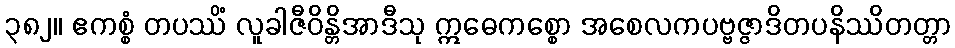
၃၈၂။ ဧကစ္စံ တပဿိံ လူခါဇီဝိန္တိအာဒီသု ဣဓေကစ္စော အစေလကပဗ္ဗဇ္ဇာဒိတပနိဿိတတ္တာ